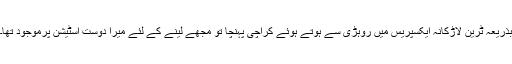
بذریعہ ٹرین لاڑکانہ ایکسپریس میں روہڑی سے ہوتے ہوئے کراچی پہنچا تو مجھے لینے کے لئے میرا دوست اسٹیشن پرموجود تھا۔